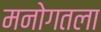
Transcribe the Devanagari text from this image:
मनोगतला